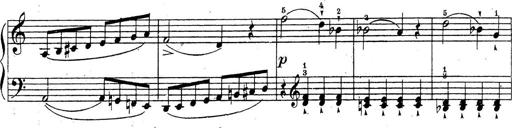
Title: 10 Sonatinas
Composer: Fritz Spindler